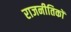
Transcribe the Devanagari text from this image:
राजनीतिकों